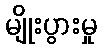
မျိုးပွားမှု